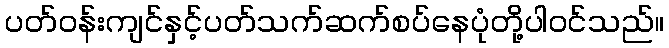
ပတ်ဝန်းကျင်နှင့်ပတ်သက်ဆက်စပ်နေပုံတို့ပါဝင်သည်။